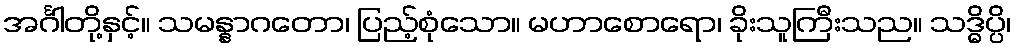
အင်္ဂါတို့နှင့်။ သမန္နာဂတော၊ ပြည့်စုံသော။ မဟာစောရော၊ ခိုးသူကြီးသည။ သဒ္ဓိပ္ပိ၊